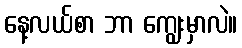
နေ့လယ်စာ ဘာ ကျွေးမှာလဲ။